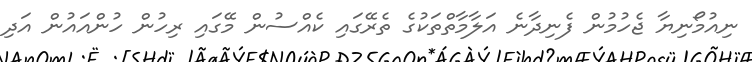
ނިއުމޯނިޔާ ޖެހުމުން ފެނިދާނެ އަލާމާތްތަކުގެ ތެރޭގައި ކެއްސުން މޭގައި ރިހުން ހުންއައުން އަދި